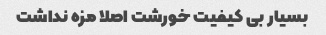
بسیار بی کیفیت خورشت اصلا مزه نداشت